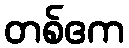
တစ်ဧက